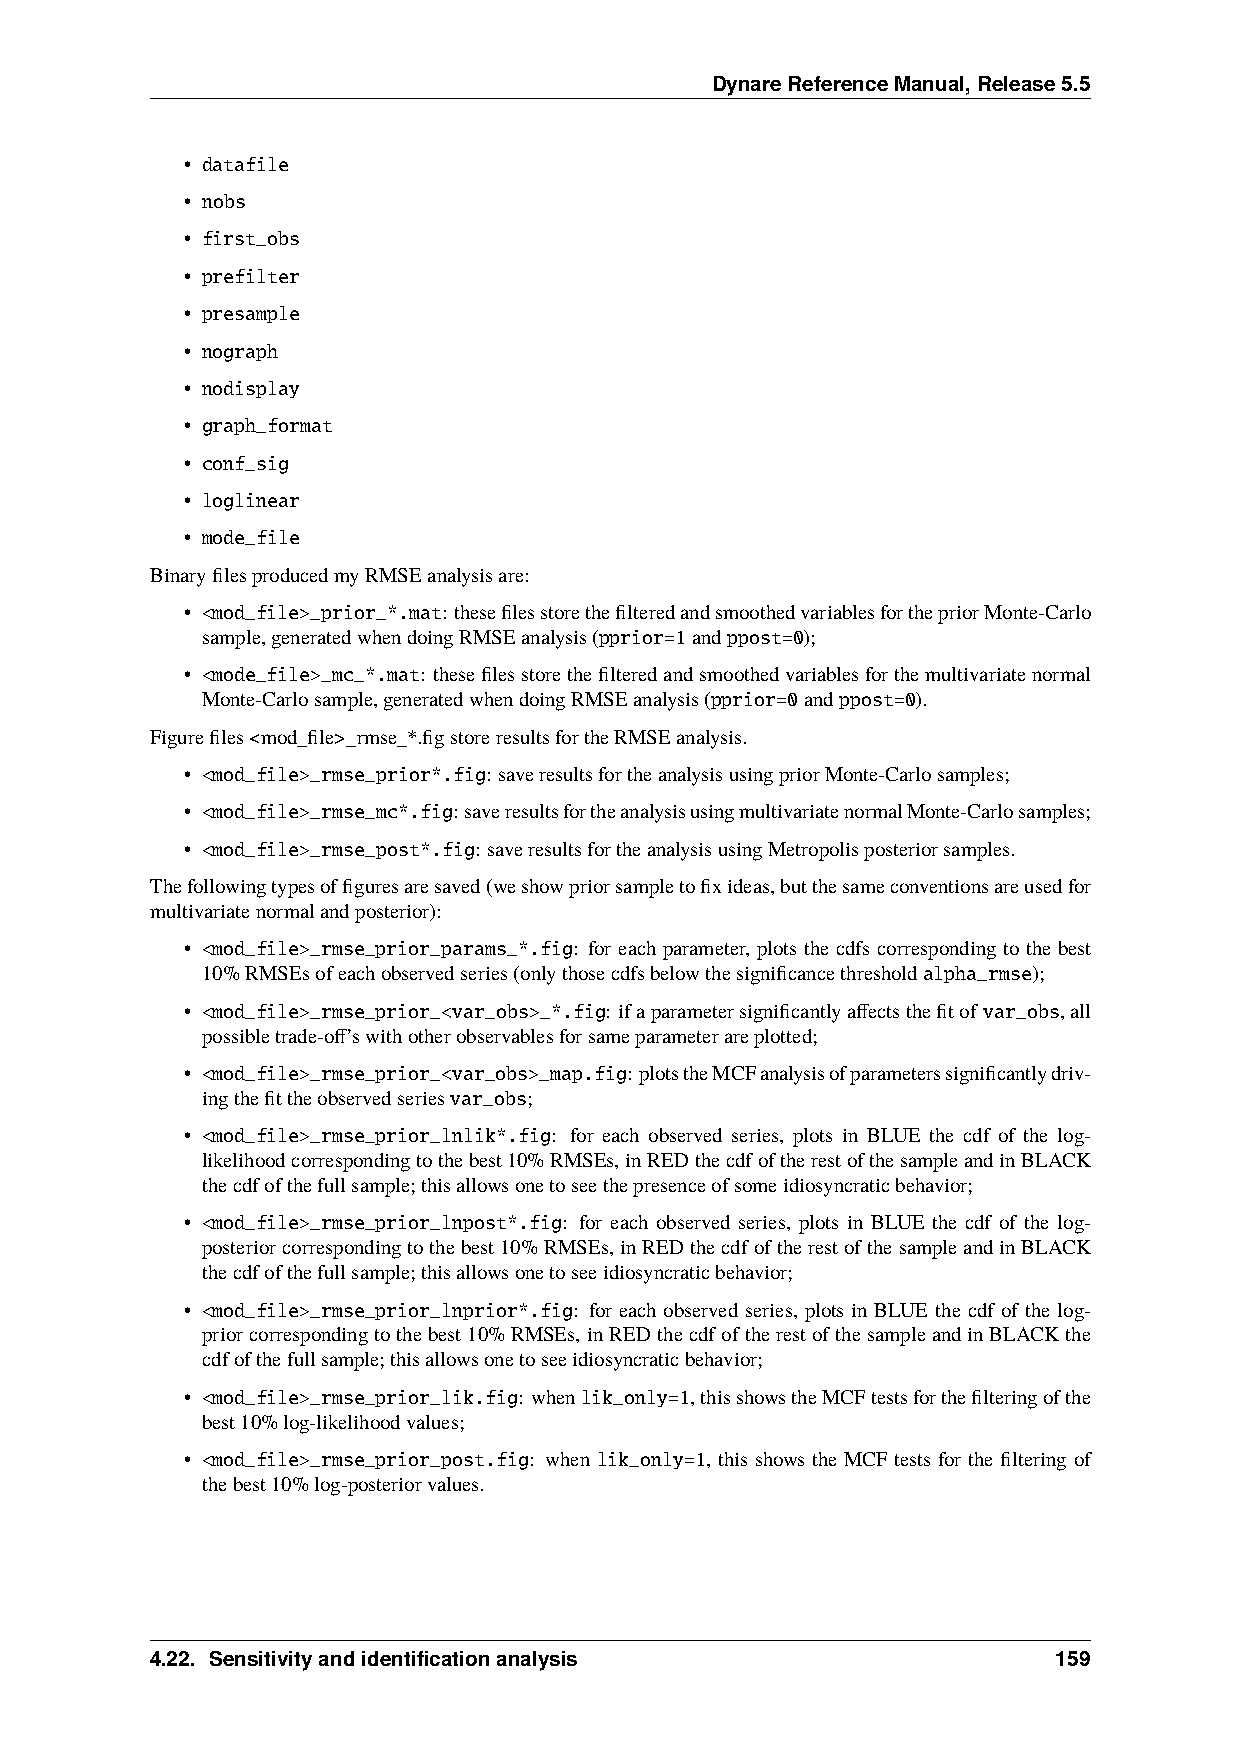
DynareReferenceManual,Release5.5
 • datafile
 • nobs
 • first_obs
 • prefilter
 • presample
 • nograph
 • nodisplay
 • graph_format
 • conf_sig
 • loglinear
 • mode_file
 BinaryfilesproducedmyRMSEanalysisare:
 • <mod_file>_prior_*.mat: thesefilesstorethefilteredandsmoothedvariablesforthepriorMonte-Carlo
 sample,generatedwhendoingRMSEanalysis(pprior=1andppost=0);
 • <mode_file>_mc_*.mat: thesefilesstorethefilteredandsmoothedvariablesforthemultivariatenormal
 Monte-Carlosample,generatedwhendoingRMSEanalysis(pprior=0andppost=0).
 Figurefiles<mod_file>_rmse_*.figstoreresultsfortheRMSEanalysis.
 • <mod_file>_rmse_prior*.fig: saveresultsfortheanalysisusingpriorMonte-Carlosamples;
 • <mod_file>_rmse_mc*.fig: saveresultsfortheanalysisusingmultivariatenormalMonte-Carlosamples;
 • <mod_file>_rmse_post*.fig: saveresultsfortheanalysisusingMetropolisposteriorsamples.
 Thefollowingtypesoffiguresaresaved(weshowpriorsampletofixideas,butthesameconventionsareusedfor
 multivariatenormalandposterior):
 • <mod_file>_rmse_prior_params_*.fig: for each parameter, plots the cdfs corresponding to the best
 10%RMSEsofeachobservedseries(onlythosecdfsbelowthesignificancethresholdalpha_rmse);
 • <mod_file>_rmse_prior_<var_obs>_*.fig: ifaparametersignificantlyaffectsthefitof var_obs,all
 possibletrade-off’swithotherobservablesforsameparameterareplotted;
 • <mod_file>_rmse_prior_<var_obs>_map.fig:plotstheMCFanalysisofparameterssignificantlydriv-
 ingthefittheobservedseriesvar_obs;
 • <mod_file>_rmse_prior_lnlik*.fig: for each observed series, plots in BLUE the cdf of the log-
 likelihoodcorrespondingtothebest10%RMSEs,inREDthecdfoftherestofthesampleandinBLACK
 thecdfofthefullsample;thisallowsonetoseethepresenceofsomeidiosyncraticbehavior;
 • <mod_file>_rmse_prior_lnpost*.fig: for each observed series, plots in BLUE the cdf of the log-
 posteriorcorrespondingtothebest10%RMSEs,inREDthecdfoftherestofthesampleandinBLACK
 thecdfofthefullsample;thisallowsonetoseeidiosyncraticbehavior;
 • <mod_file>_rmse_prior_lnprior*.fig: for each observed series, plots in BLUE the cdf of the log-
 priorcorrespondingtothebest10%RMSEs, inREDthecdfoftherestofthesampleandinBLACKthe
 cdfofthefullsample;thisallowsonetoseeidiosyncraticbehavior;
 • <mod_file>_rmse_prior_lik.fig: whenlik_only=1,thisshowstheMCFtestsforthefilteringofthe
 best10%log-likelihoodvalues;
 • <mod_file>_rmse_prior_post.fig: when lik_only=1, this shows the MCF tests for the filtering of
 thebest10%log-posteriorvalues.
 4.22. Sensitivityandidentificationanalysis                  159